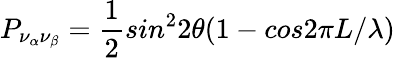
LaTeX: P_{\nu_{\alpha}\nu_{\beta}}=\frac{1}{2}sin^{2}2\theta(1-cos2\pi L/\lambda)